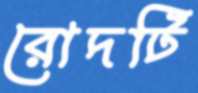
রোদটি